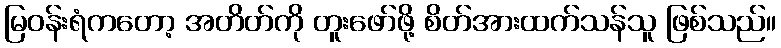
မြဝန်းရံကတော့ အတိတ်ကို တူးဖော်ဖို့ စိတ်အားထက်သန်သူ ဖြစ်သည်။